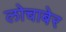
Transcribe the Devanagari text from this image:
लोचाबेर